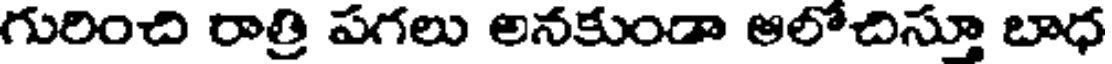
గురించి రాత్రి పగలు అనకుండా ఆలోచిస్తూ బాధ